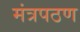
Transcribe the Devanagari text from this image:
मंत्रपठण